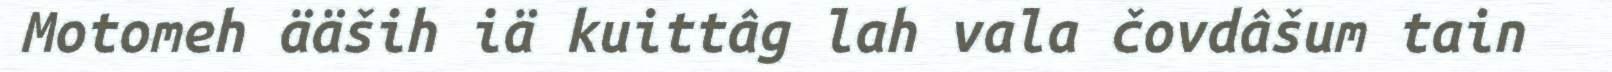
Motomeh ääših iä kuittâg lah vala čovdâšum tain